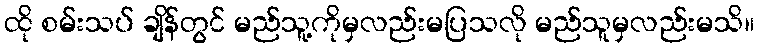
ထို စမ်းသပ် ချိန်တွင် မည်သူ့ကိုမှလည်းမပြသလို မည်သူမှလည်းမသိ။